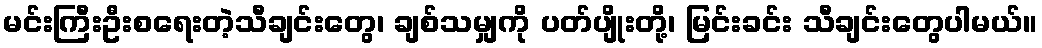
မင်းကြီးဦးစရေးတဲ့သီချင်းတွေ၊ ချစ်သမျှကို ပတ်ပျိုးတို့၊ မြင်းခင်း သီချင်းတွေပါမယ်။